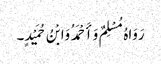
رَوَاہُ مُسْلِمٌ وَأَحْمَدُ وَابْنُ حُمَیْدٍ۔